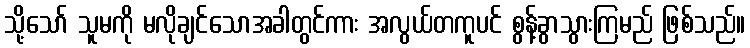
သို့သော် သူမကို မလိုချင်သောအခါတွင်ကား အလွယ်တကူပင် စွန့်ခွာသွားကြမည် ဖြစ်သည်။